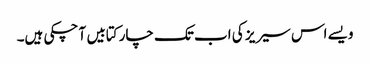
ویسے اس سیریز کی اب تک چار کتابیں آ چکی ہیں۔